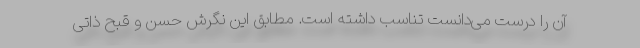
آن را درست می‌دانست تناسب داشته است. مطابق این نگرش حسن و قبح ذاتی